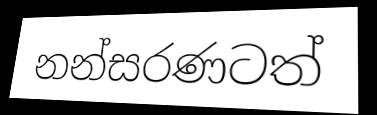
නන්සරණටත්